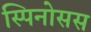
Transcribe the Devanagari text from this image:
स्पिनोसस